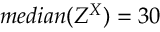
m e d i a n ( Z ^ { X } ) = 3 0